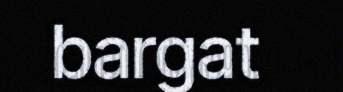
bargat